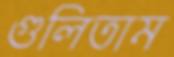
গুলিতাম